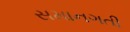
સમાનગતી